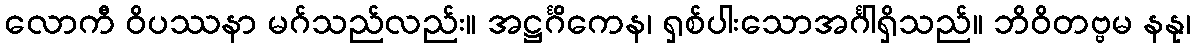
လောကီ ဝိပဿနာ မဂ်သည်လည်း။ အဋ္ဌင်္ဂိကေန၊ ရှစ်ပါးသောအင်္ဂါရှိသည်။ ဘိဝိတဗ္ဗမ နနု၊